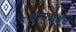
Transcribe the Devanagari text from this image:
धम्मदीक्षेचे